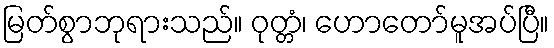
မြတ်စွာဘုရားသည်။ ဝုတ္တံ၊ ဟောတော်မူအပ်ပြီ။